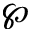
\wp